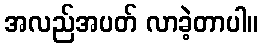
အလည်အပတ် လာခဲ့တာပါ။